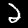
Digit: 2